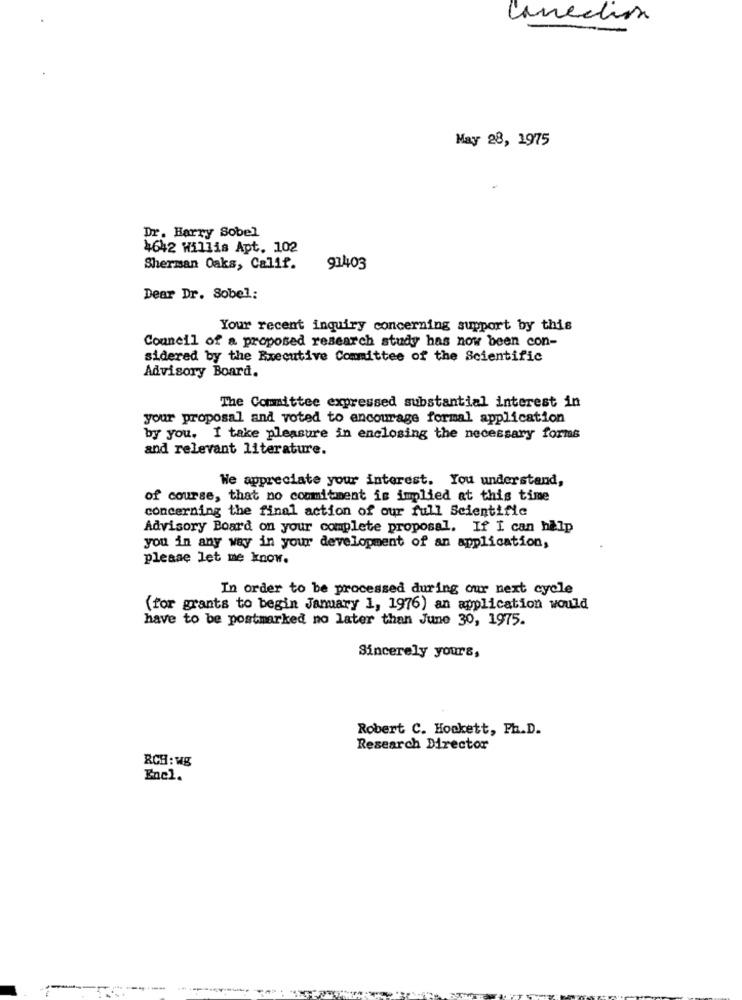
Cancelion
May 28, 1975
Dr. Harry Sobel
4642 Willis Apt. 102
Sherman Oaks, Calif.
91403
Dear Dr. Sobel:
Your recent inquiry concerning support by this
Council of a proposed research study has now been con-
sidered by the Executive Committee of the Scientific
Advisory Board.
The Committee expressed substantial interest in
your proposal and voted to encourage formal application
by you, I take pleasure in enclosing the necessary forms
and relevant literature.
We appreciate your interest. You understand,
of course, that no commitment is implied at this time
concerning the final action of our full Scientific
Advisory Board on your complete proposal. If I can help
you in any way in your development of an application,
please let me know.
In order to be processed during our next cycle
(for grants to begin Jamary 1, 1976) an application would
have to be postmarked no later than June 30, 1975.
Sincerely yours,
Robert C. Hockett, Ph.D.
Research Director
RCH: wg
Enel.